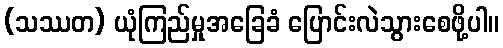
(သဿတ) ယုံကြည်မှုအခြေခံ ပြောင်းလဲသွားစေဖို့ပါ။